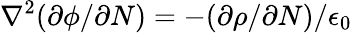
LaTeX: \nabla^{2}(\partial\phi/\partial N)=-(\partial\rho/\partial N)/\epsilon_{0}